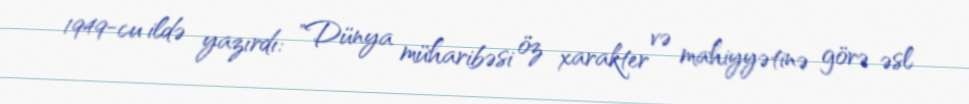
1949-cu ildə yazırdı: "Dünya müharibəsi öz xarakter və mahiyyətinə görə əsl